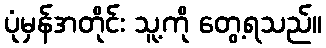
ပုံမှန်အတိုင်း သူ့ကို တွေ့ရသည်။